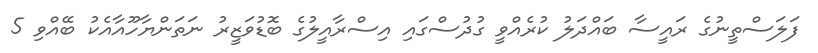
ފަލަސްތީނުގެ ރައީސާ ބައްދަލު ކުރެއްވީ ގުދުސްގައި އިސްރާއީލުގެ ބޮޑުވަޒީރު ނަތަންޔާހޫއާއެކު ބޭއްވި 5